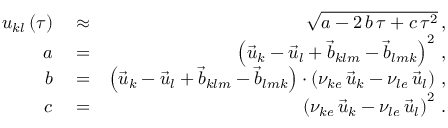
\begin{array} { r l r } { u _ { k l } \left( \tau \right) } & { { } \approx } & { \sqrt { a - 2 \, b \, \tau + c \, \tau ^ { 2 } } \, , } \\ { a } & { { } = } & { \left( \vec { u } _ { k } - \vec { u } _ { l } + \vec { b } _ { k l m } - \vec { b } _ { l m k } \right) ^ { 2 } \, , } \\ { b } & { { } = } & { \left( \vec { u } _ { k } - \vec { u } _ { l } + \vec { b } _ { k l m } - \vec { b } _ { l m k } \right) \cdot \left( \nu _ { k e } \, \vec { u } _ { k } - \nu _ { l e } \, \vec { u } _ { l } \right) \, , } \\ { c } & { { } = } & { \left( \nu _ { k e } \, \vec { u } _ { k } - \nu _ { l e } \, \vec { u } _ { l } \right) ^ { 2 } \, . } \end{array}